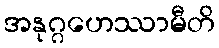
အနုဂ္ဂဟေဿာမီတိ